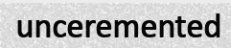
unceremented